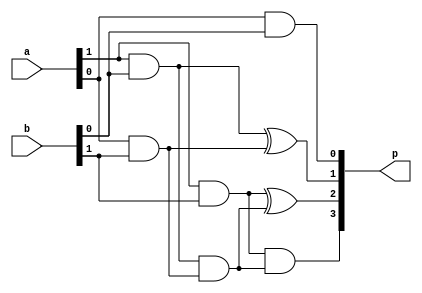
module array_adder(
    input [1:0] a,
    input [1:0] b,
    output [3:0] p
    );
	 
	 wire [3:0]s;
	 
	 assign p[0] = a[0] & b[0];
	 assign s[0] = a[1] & b[0];
	 assign s[1] = a[0] & b[1];
	 assign s[2] = a[1] & b[1];
	 assign p[1] = s[0] ^ s[1];
	 assign s[3] = s[0] & s[1];
	 
	 assign p[2] = s[2] ^ s[3];
	 assign p[3] = s[2] & s[3];


endmodule